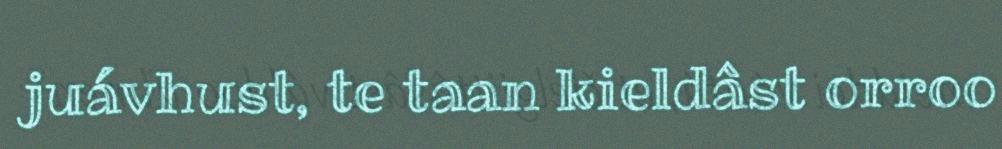
juávhust, te taan kieldâst orroo